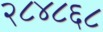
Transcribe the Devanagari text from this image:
२८४८६८